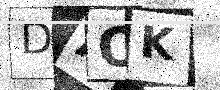
Text: DAOK